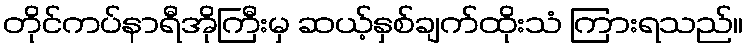
တိုင်ကပ်နာရီအိုကြီးမှ ဆယ့်နှစ်ချက်ထိုးသံ ကြားရသည်။